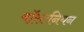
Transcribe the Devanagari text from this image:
बॉस्टनियन